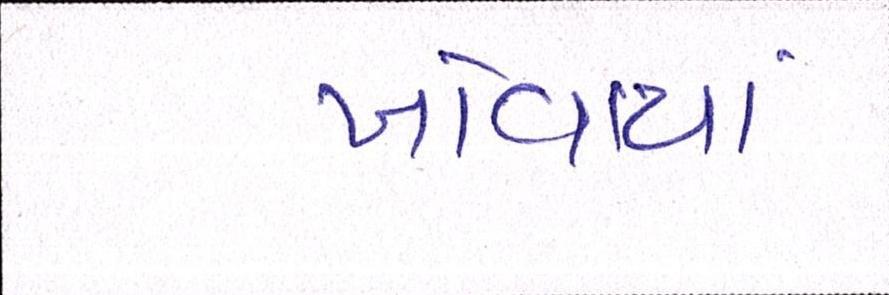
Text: ખોવાયાં